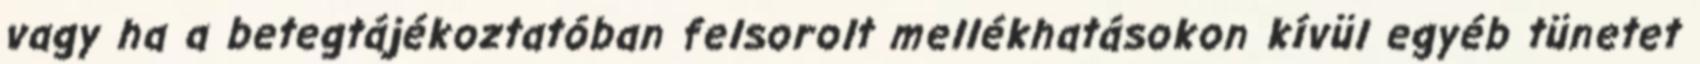
vagy ha a betegtájékoztatóban felsorolt mellékhatásokon kívül egyéb tünetet